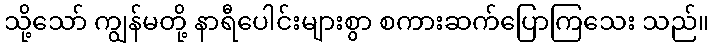
သို့သော် ကျွန်မတို့ နာရီပေါင်းများစွာ စကားဆက်ပြောကြသေး သည်။